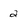
Character: 2